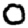
Digit: 0